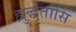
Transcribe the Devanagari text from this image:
ह्युद्धृतासि